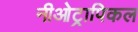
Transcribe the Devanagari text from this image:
नीओट्रापिकल